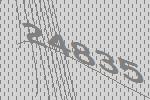
24835